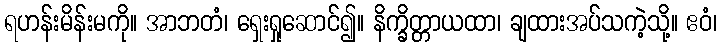
ရဟန်းမိန်းမကို။ အာဘတံ၊ ရှေးရှုဆောင်၍။ နိက္ခိတ္တာယထာ၊ ချထားအပ်သကဲ့သို့။ ဧဝံ၊